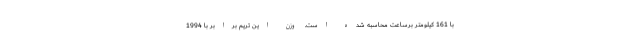
با 161 کیلومتر برساعت محاسبه شده است. وزن این تریم برابر با 1994